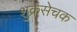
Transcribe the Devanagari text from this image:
शुक्रसेचक